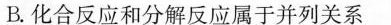
B.化合反应和分解反应属于并列关系